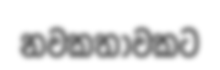
නවකතාවකට